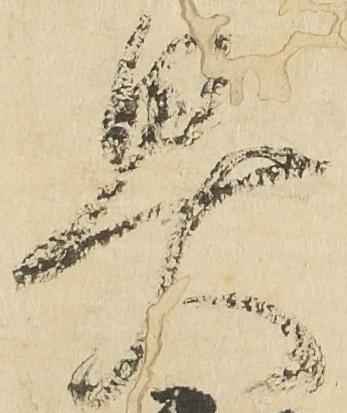
具